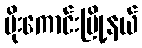
မိုးကောင်းမြို့နယ်